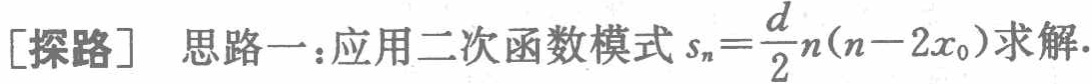
[探路] 思路一：应用二次函数模式 \(s_{n}=\frac{d}{2}n(n - 2x_{0})\)求解.